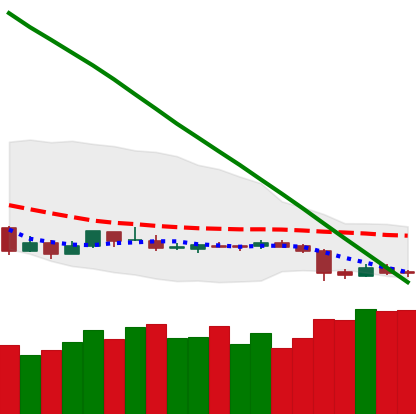
Ticker: ETC-USD
Chart end date: 2019-02-01
Forward return: -4.851%
Label: down_3_5